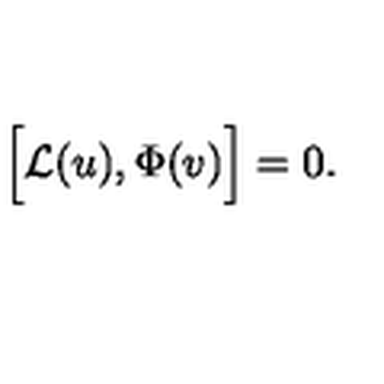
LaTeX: \Bigl [ { \cal L } ( u ) , \Phi ( v ) \Bigr ] = 0 .